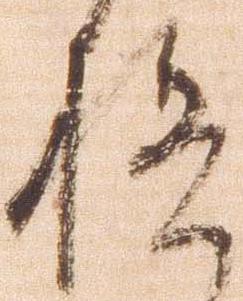
極